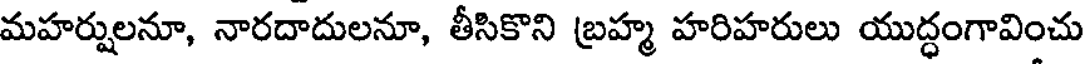
మహర్షులనూ, నారదాదులనూ, తీసికొని బ్రహ్మ హరిహరులు యుద్ధంగావించు